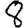
Digit: 8